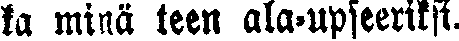
ta minä teen alaupseeriksi.